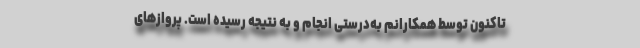
تاکنون توسط همکارانم به‌درستی انجام و به نتیجه رسیده است. پروازهای